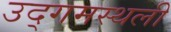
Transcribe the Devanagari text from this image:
उद्गमस्थली